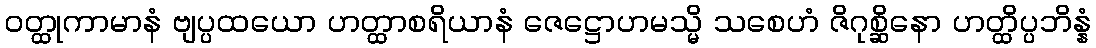
ဝတ္ထုကာမာနံ ဗျပ္ပထယော ဟတ္ထာစရိယာနံ ဇေဋ္ဌောဟမသ္မိ သစေဟံ ဇိဂုစ္ဆိနော ဟတ္ထိပ္ပဘိန္နံ